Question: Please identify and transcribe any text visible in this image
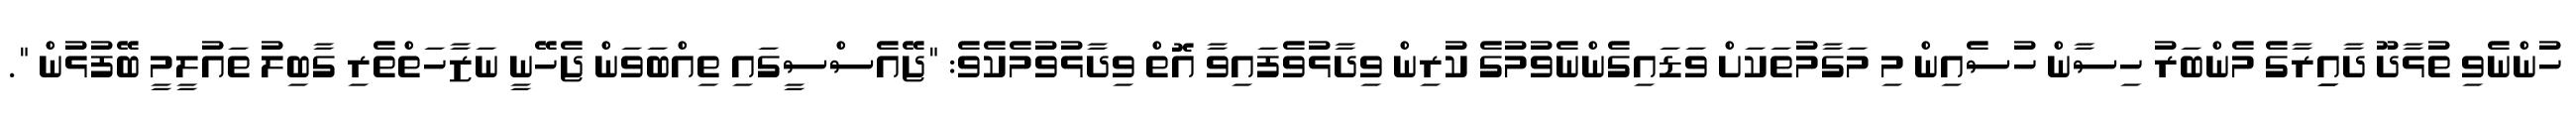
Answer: ހުންނެވި ތުޅާދޫ ދާއިިރާގެ މެންބަރު ހިސާން ހުސެއިން މި މަގާމުތަކަށް ވަޑައިގެންނެވުމުގެ ކުރިން ވިދާޅުވެފައިވާ އޮތް ވިދާޅުވުމެކެވެ: "ޖޭއެސްސީގައި ތިއްބަވަން ޖެހޭނީ ނަޒާހަތްތެރި ގާބިލު ތައުލީމީ ބޭފުޅުން ".